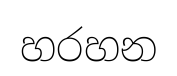
හරහන